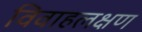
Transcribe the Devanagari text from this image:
विवाहलक्षण